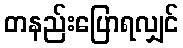
တနည်းပြောရလျှင်